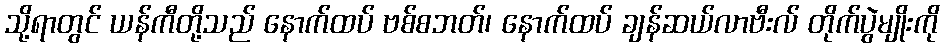
သို့ရာတွင် ယန်ကီတို့သည် နောက်ထပ် ဗစ်စဘတ်၊ နောက်ထပ် ချန်ဆယ်လာဗီးလ် တိုက်ပွဲမျိုးကို